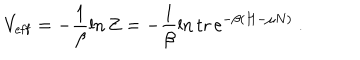
LaTeX: V _ { \mathrm { e f f } } = - \frac { 1 } { \beta } \ln Z = - \frac { 1 } { \beta } \ln \mathrm { t r } \, \mathrm { e } ^ { - \beta ( H - \mu N ) } \ .